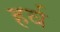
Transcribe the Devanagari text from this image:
हर्व